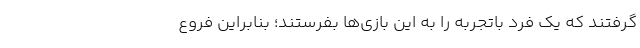
گرفتند که یک فرد باتجربه را به این بازی‌ها بفرستند؛ بنابراین فروع